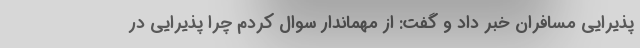
پذیرایی مسافران خبر داد و گفت: از مهماندار سوال کردم چرا پذیرایی در